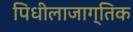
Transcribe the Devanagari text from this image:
पिधीलाजाग्तिक